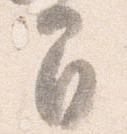
間